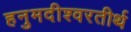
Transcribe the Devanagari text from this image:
हनुमदीश्वरतीर्थ